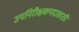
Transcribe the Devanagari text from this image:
उपनिरीक्षकपदासाठी